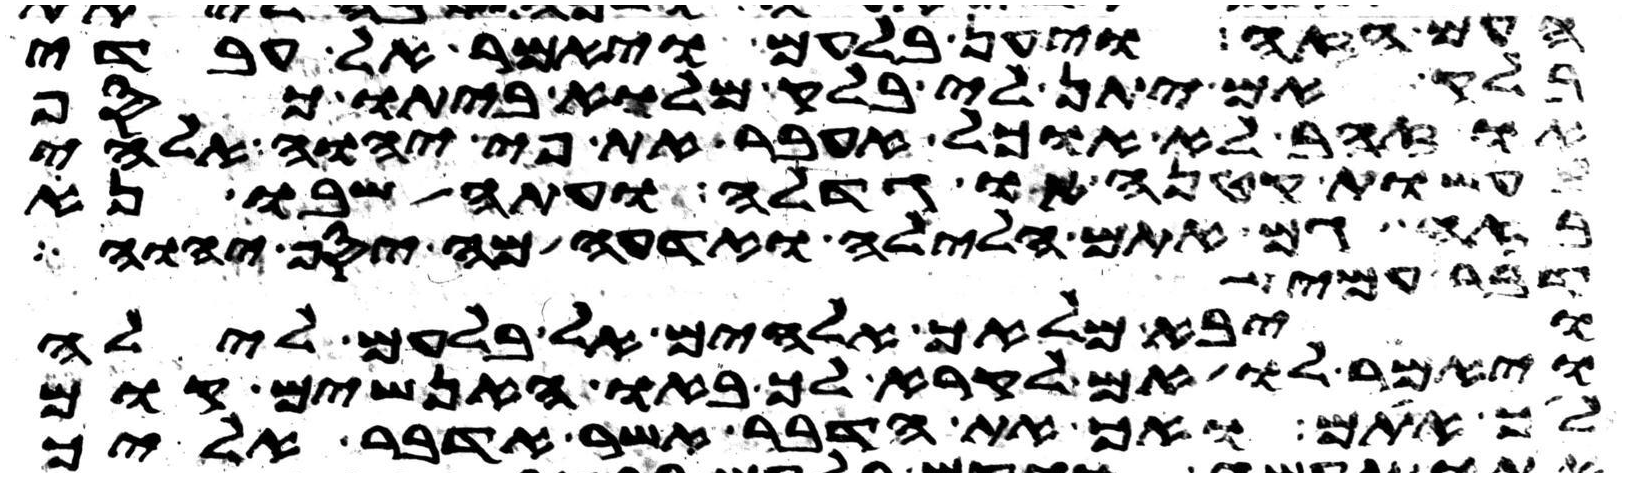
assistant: העם הזה ויען בלעם ויאמר אל עבדי
בלק אם יתן לי בלק מלוא ביתו כסף
או זהב לא אוכל אעבר את פי יהוה אלהי
לעשות קטנה או גדלה ועתה שבו נא
בזה גם אתם הלילה ואדעה מה יסף יהוה
דבר עמי
ויבא מלאך אלהים אל בלעם לילה
ויאמר לו אם לקרא לך באו האנשים קום
לך אתם ואך את הדבר אשר אדבר אליך